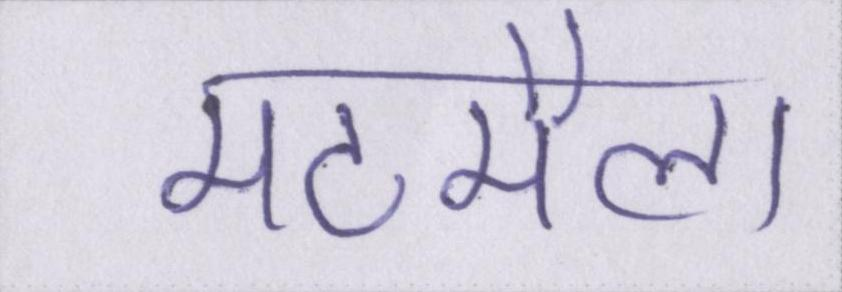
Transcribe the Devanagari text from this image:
मटमैला